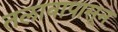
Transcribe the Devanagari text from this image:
तलावापासून